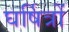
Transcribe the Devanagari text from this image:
घर्षित्रों